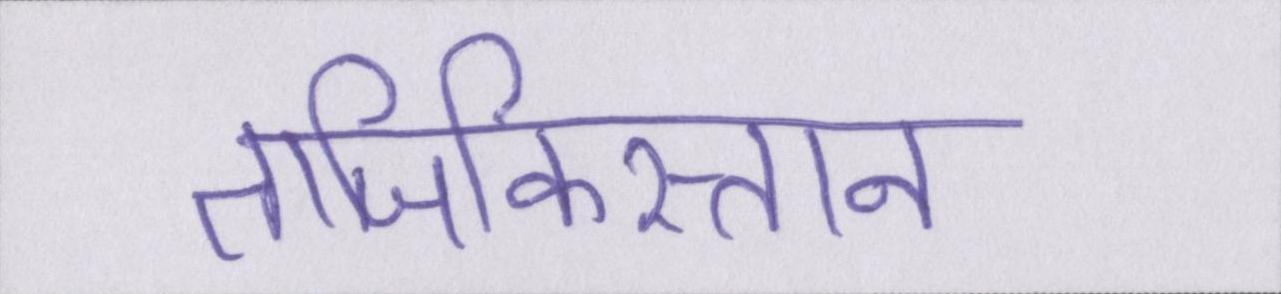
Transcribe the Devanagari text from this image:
ताजिकिस्तान